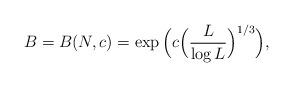
LaTeX: \begin{align*}B=B(N,c)= \exp \Big( c \Big( \frac{L}{\log L} \Big)^{1/3} \Big),\end{align*}